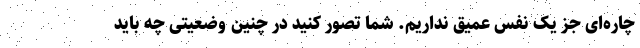
چاره‌ای جز یک نفس عمیق نداریم. شما تصور کنید در چنین وضعیتی چه باید